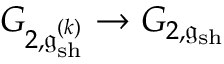
G _ { 2 , \mathfrak { g } _ { \mathrm { s h } } ^ { ( k ) } } \to G _ { 2 , \mathfrak { g } _ { \mathrm { s h } } }